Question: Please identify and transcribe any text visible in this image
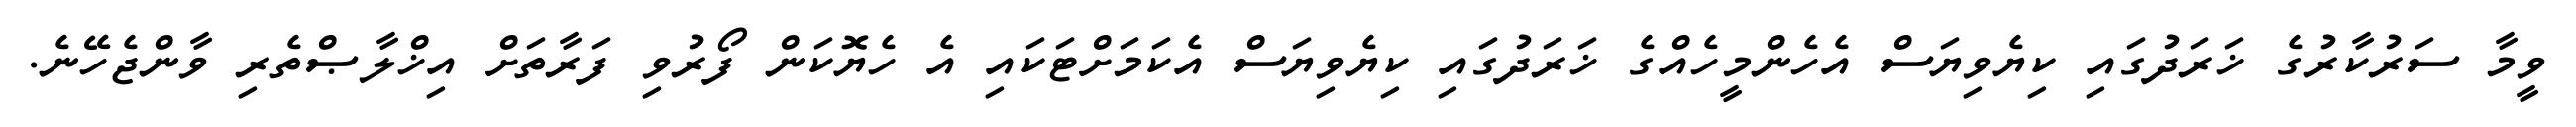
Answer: ވީމާ ސަރުކާރުގެ ޚަރަދުގައި ކިޔެވިޔަސް އެހެންމީހެއްގެ ޚަރަދުގައި ކިޔެވިޔަސް އެކަމަށްޓަކައި އެ ހެޔޮކަން ފޯރުވި ފަރާތަށް އިޚްލާޞްތެރި ވާންޖެހޭނެ.